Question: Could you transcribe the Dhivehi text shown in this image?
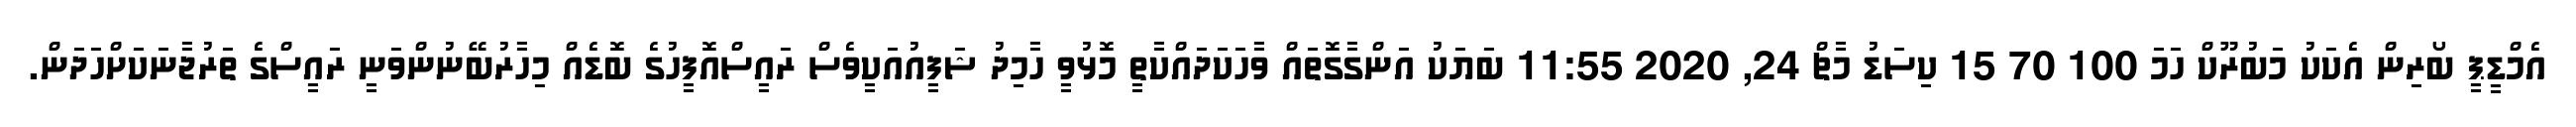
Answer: އެމްޑީޕީ ބޯރިން އެކަކު މަބުރޫކް ހަމަ 100 70 15 ކިސަޑު މާޗް 24, 2020 11:55 ބަޔަކު އަންގާގޮތައް ވާހަކަދައްކާތީ މޮޅުވީ ހާމިދު ޝަފީއުއަކީވެސް ރައީސްއޮފީހުގެ ބޮޑެއް މިހާރުބޭނުންވަނީ ރައީސްގެ ތަރުޖަާނަކަށްހަދަން.